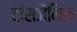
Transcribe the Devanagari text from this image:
टांसजैनिक